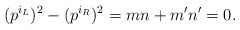
\begin{align*}(p^{i_L})^2 - (p^{i_R})^2 = m n + m' n' = 0. \end{align*}